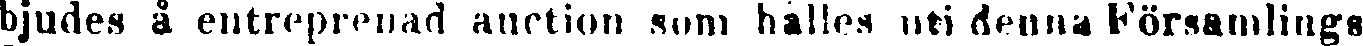
bjudes å entreprenad auction som hålles uti denna Församlings